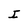
Character: I